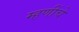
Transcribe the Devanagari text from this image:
म्हणींचे